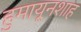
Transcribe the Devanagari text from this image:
हुमायूनशाह